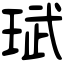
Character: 珷